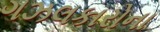
ગઝલકારોના